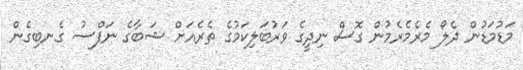
މަޑުމަޑުން ދެލޯ މެރެމެރެމުން ގޮސް ނިދީގެ ވަރުބަލިކަމުގެ ތެރެއަށް ޝަބާގެ ނަފްސު ގެނބިގެން